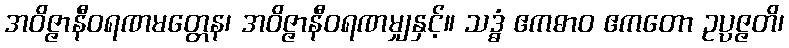
အဝိဇ္ဇာနီဝရဏမတ္တေန၊ အဝိဇ္ဇာနီဝရဏမျှနှင့်။ သဒ္ဓံ ဧကဓာဝ ဧကတော ဥပ္ပဇ္ဇတိ၊